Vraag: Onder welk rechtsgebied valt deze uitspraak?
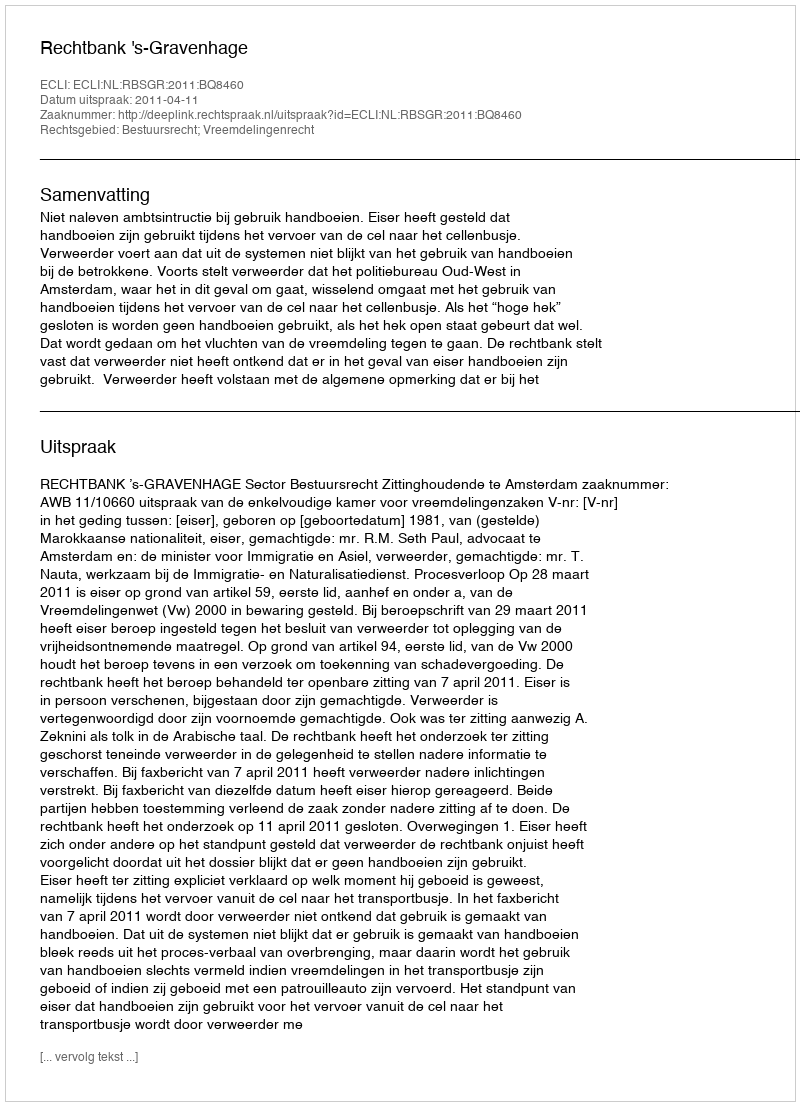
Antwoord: Bestuursrecht; Vreemdelingenrecht